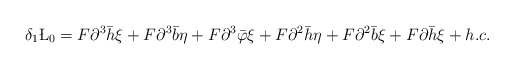
\begin{align*}\delta_1\L_0=F\partial^3\bar h\xi+F\partial^3\bar b\eta+F\partial^3\bar\varphi\xi+F\partial^2\bar h\eta+F\partial^2\bar b\xi+F\partial\bar h\xi+h.c.\end{align*}